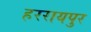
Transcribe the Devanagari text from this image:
हररायपुर